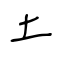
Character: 土